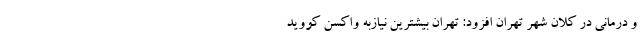
و درمانی در کلان شهر تهران افزود: تهران بیشترین نیازبه واکسن کووید